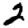
Digit: 2